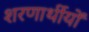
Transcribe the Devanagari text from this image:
शरणार्थीयों